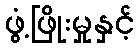
ဖွံ့ဖြိုးမှုနှင့်